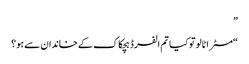
”
“مسٹر اٹالو تو کیا تم الفرڈ ہچکاک کے خاندان سے ہو؟